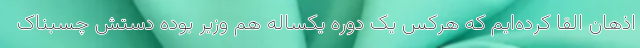
اذهان القا کرده‌ایم که هرکس یک دوره یکساله هم وزیر بوده دستش چسبناک